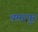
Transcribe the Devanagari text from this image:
चमरपुर